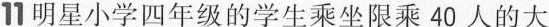
1明星小学四年级的学生乘坐限乘40人的大